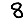
Digit: 8